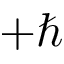
+ \hbar